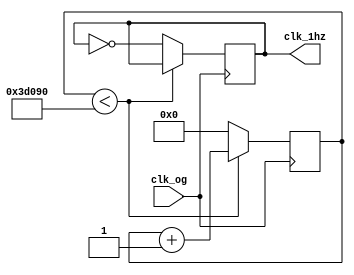
module clock_1sec(clk_og,clk_1hz);
	input clk_og;
	output reg clk_1hz=0;
	
	reg[25:0] count = 0;
	
	always@(posedge clk_og)
	begin
		if(count<250000)
		begin	
			count<=count+1;
		end
		else
		begin
			count<=0;
			clk_1hz<=~clk_1hz;
		end
	end	

endmodule

module clock_4Hz(clk_og,clk_4hz);
	input clk_og;
	output reg clk_4hz=0;
	
	reg[25:0] count = 0;
	
	always@(posedge clk_og)
	begin
		if(count<6250000)
		begin	
			count<=count+1;
		end
		else
		begin
			count<=0;
			clk_4hz<=~clk_4hz;
		end
	end	

endmodule